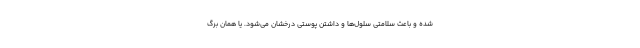
شده و باعث سلامتی سلول‌ها و داشتن پوستی درخشان می‌شود. یا همان برگ